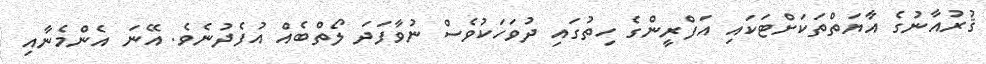
ޤުރުއާނުގެ އާޔަތްތަކަށްޓަކައި އަފްރީންގެ ހިތުގައި ދުވަހަކުވެސް ނުވާފަދަ ލޯތްބެއް އުފެދުނެވެ. އޭނަ އެންމެނާއި